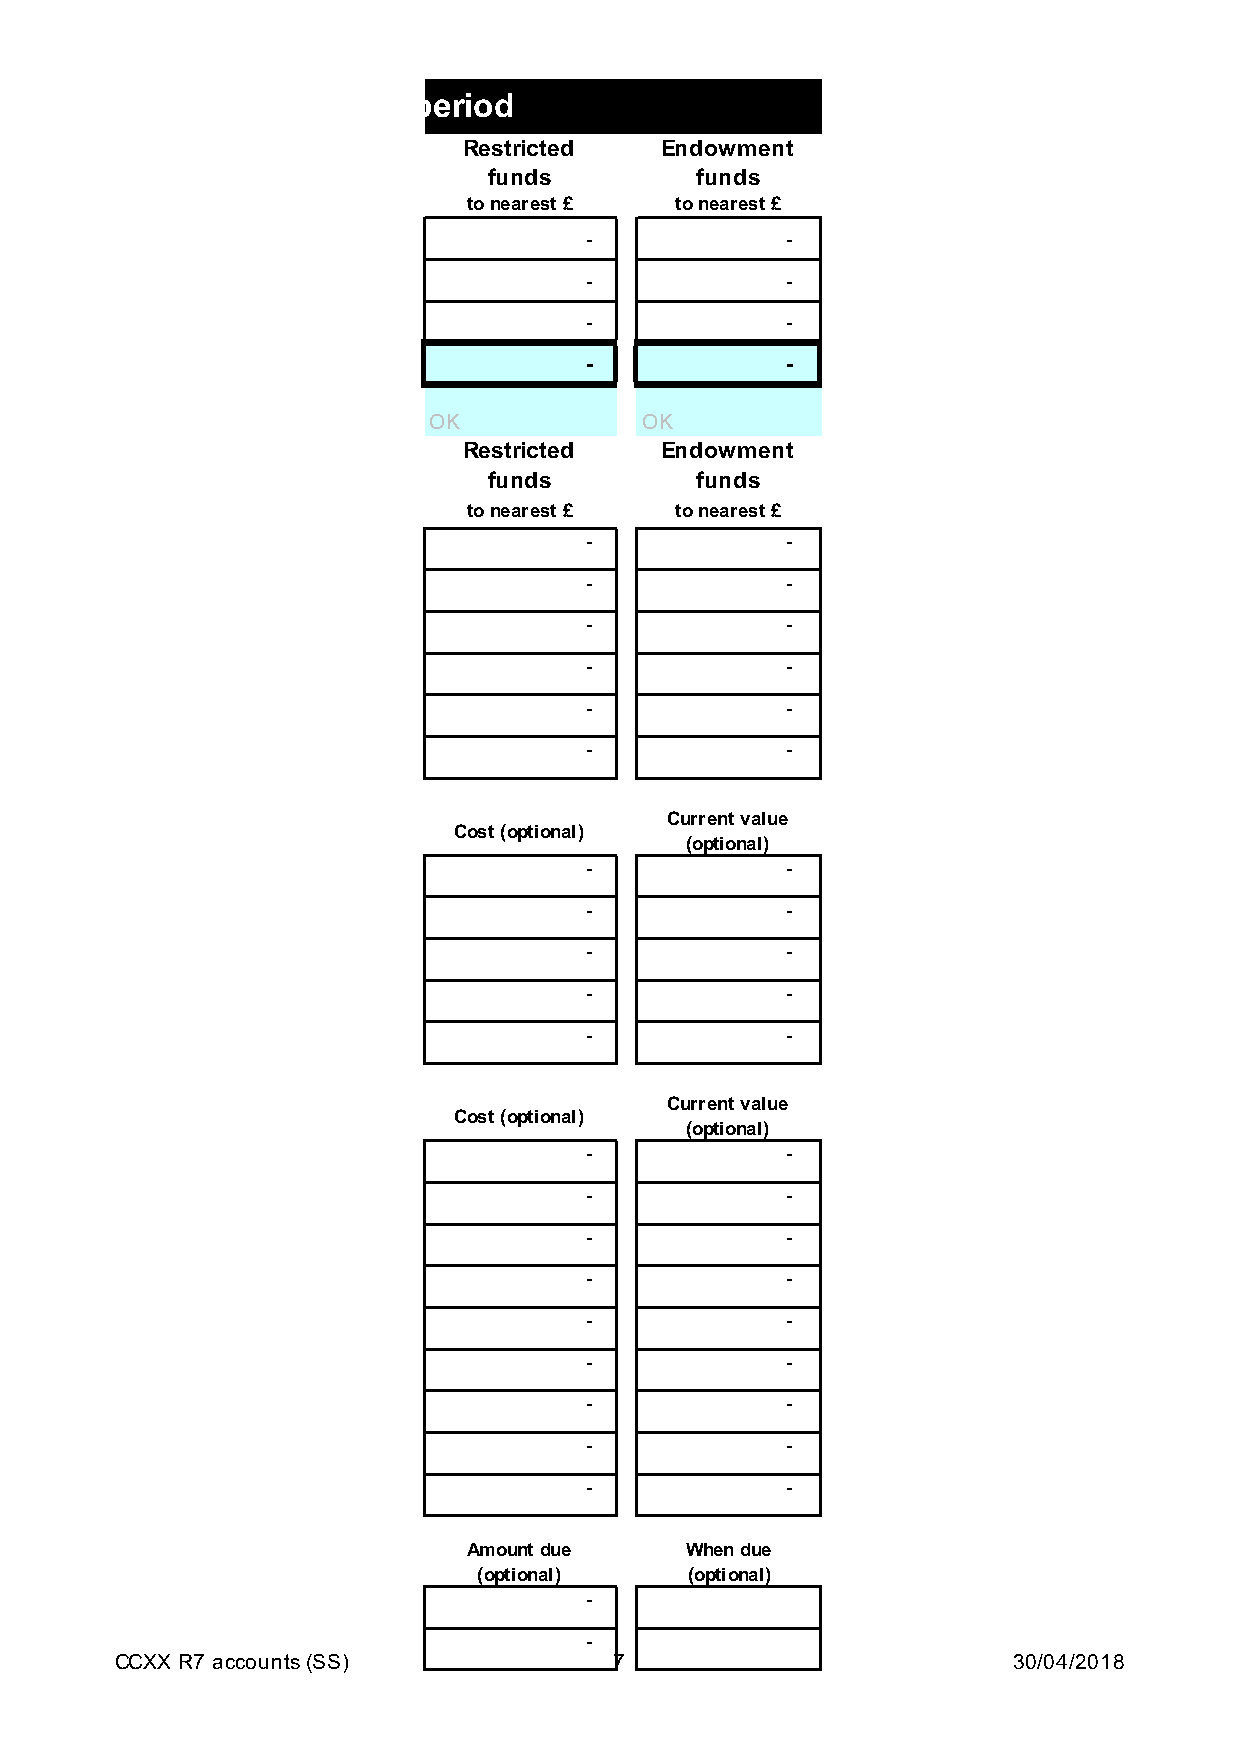
Section B Statement of assets and liabilities at the end of the period
 Restricted   Endowment
 funds         funds
 to nearest £  to nearest £
 -            -
 -            -
 -            -
 -            -
 OK            OK
 Restricted   Endowment
 funds         funds
 to nearest £  to nearest £
 -            -
 -            -
 -            -
 -            -
 -            -
 -            -
 Current value
 Cost (optional)
 (optional)
 -            -
 -            -
 -            -
 -            -
 -            -
 Current value
 Cost (optional)
 (optional)
 -            -
 -            -
 -            -
 -            -
 -            -
 -            -
 -            -
 -            -
 -            -
 Amount due    When due
 (optional)    (optional)
 -
 -
 CCXX R7 accounts (SS)            7                         30/04/2018